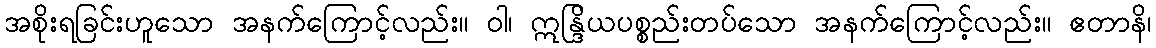
အစိုးရခြင်းဟူသော အနက်ကြောင့်လည်း။ ဝါ၊ ဣန္ဒြိယပစ္စည်းတပ်သော အနက်ကြောင့်လည်း။ ဧတာနိ၊